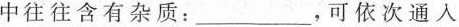
中往往含有杂质：___，可依次通入